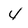
Character: 4